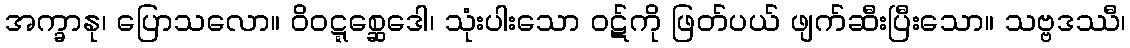
အက္ခာနု၊ ပြောသလော။ ဝိဝဋ္ဋစ္ဆေဒေါ၊ သုံးပါးသော ဝဋ်ကို ဖြတ်ပယ် ဖျက်ဆီးပြီးသော။ သဗ္ဗဒဿီ၊